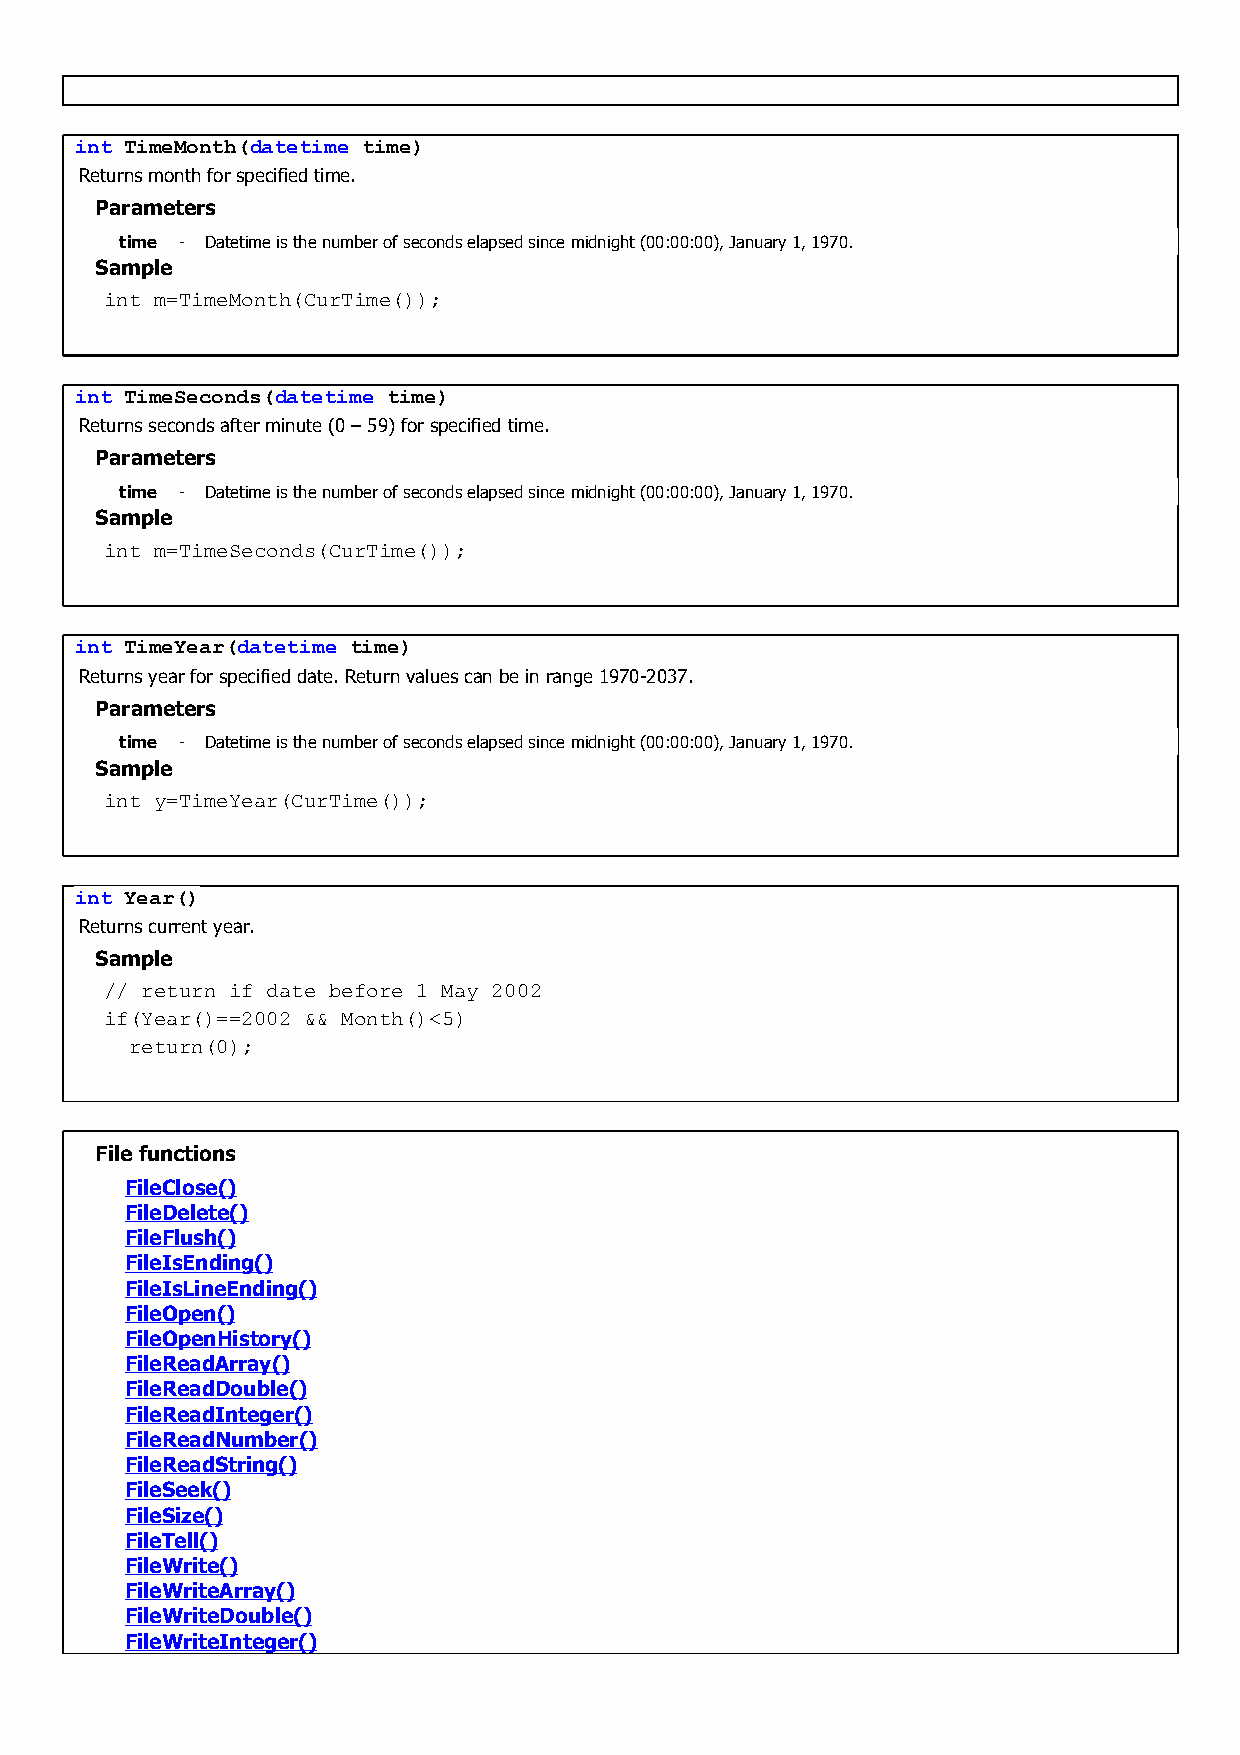
int TimeMonth(datetime time)
 Returns month for specified time.
 Parameters
 time - Datetime is the number of seconds elapsed since midnight (00:00:00), January 1, 1970.
 Sample
 int m=TimeMonth(CurTime());
 int TimeSeconds(datetime time)
 Returns seconds after minute (0 – 59) for specified time.
 Parameters
 time - Datetime is the number of seconds elapsed since midnight (00:00:00), January 1, 1970.
 Sample
 int m=TimeSeconds(CurTime());
 int TimeYear(datetime time)
 Returns year for specified date. Return values can be in range 1970-2037.
 Parameters
 time - Datetime is the number of seconds elapsed since midnight (00:00:00), January 1, 1970.
 Sample
 int y=TimeYear(CurTime());
 int Year()
 Returns current year.
 Sample
 // return if date before 1 May 2002
 if(Year()==2002 && Month()<5)
 return(0);
 File functions
 FileClose()
 FileDelete()
 FileFlush()
 FileIsEnding()
 FileIsLineEnding()
 FileOpen()
 FileOpenHistory()
 FileReadArray()
 FileReadDouble()
 FileReadInteger()
 FileReadNumber()
 FileReadString()
 FileSeek()
 FileSize()
 FileTell()
 FileWrite()
 FileWriteArray()
 FileWriteDouble()
 FileWriteInteger()